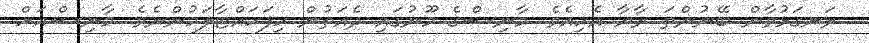
ރަނގަޅުވާން ބޭނުންތަ ރާޔާ އެހިއެވެ. މާނިޝްގެ މޫނުގައި ދެއަތުން ހިފަހައްޓާލަމުންނެވެ. މާނިޝްއަށް